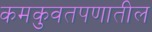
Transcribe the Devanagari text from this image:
कमकुवतपणातील